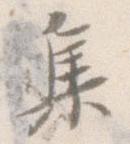
集